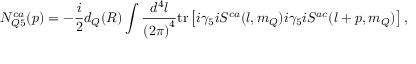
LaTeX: N _ { Q 5 } ^ { c a } ( p ) = - \frac { i } { 2 } d _ { Q } ( R ) \int \frac { d ^ { 4 } l } { { ( 2 \pi ) } ^ { 4 } } \mathrm { t r } \left[ i \gamma _ { 5 } i S ^ { c a } ( l , m _ { Q } ) i \gamma _ { 5 } i S ^ { a c } ( l + p , m _ { Q } ) \right] ,